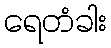
ရေတံခါး